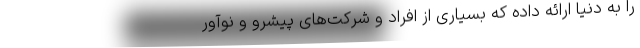
را به دنیا ارائه داده که بسیاری از افراد و شرکت‌های پیشرو و نوآور